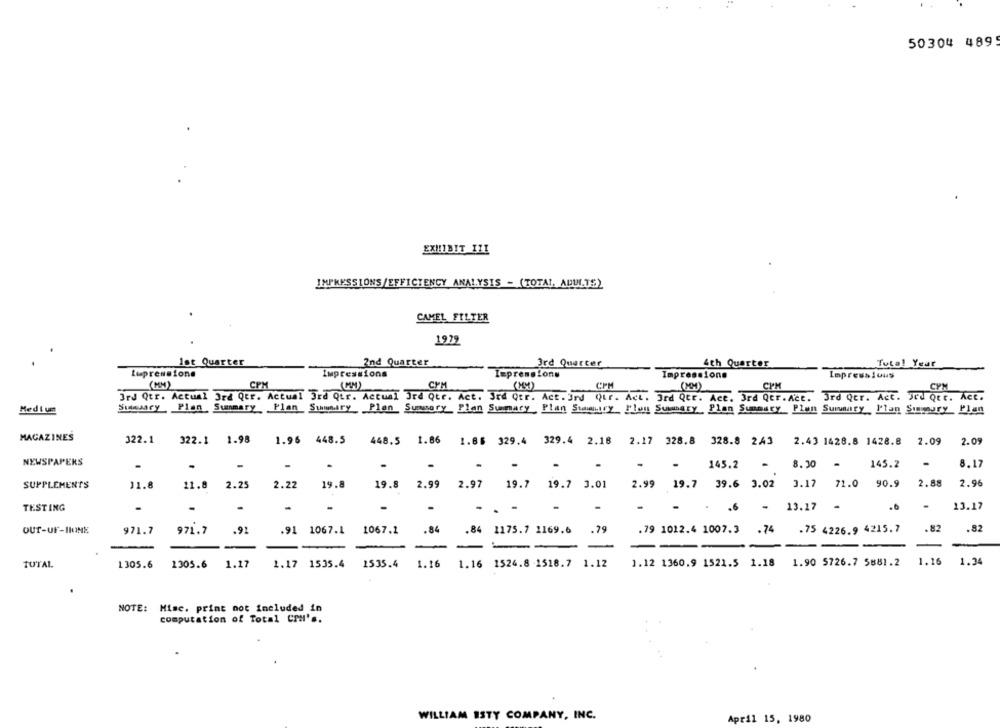
50304 489
EXHIBIT IZI
IMPRESSIONS/EFFICIENCY ANALYSIS - (TOTAL, ADULTS)
CAMEL FILTER
1979
Ist Quarter
2nd Quarter
3rd Quarter
4th Quarter
Total Year
Lupressione
Impressions
Impressions
Impressione
Impressions
(MM)
CPM
(MM)
CPM
(MM)
CPM
CPM
CYM
3rd Qtr. Actual 3rd Qtr. Actual 3rd Qtr. Actual Jrd Qtr. Act. Srd Qtr. Act. 3rd Qtr. Act. 3rd Qtr. Ace. 3rd Qer.Act. 3rd Qer. Act. Jrd Qtr. Act.
Medium
Suissary , Plan , Summary Plan_ Summary Plan_ Summary Plan Summary , Plan Stravy Flon Summary , Plan Summary_ Plan Summary_ Plan Sipoury Plan
MAGAZINES
322.1
322.1
1.98
1.96
448.5
448.5 1.86
1.86 329.4 329.4 2.18 2.17 328.8 328.8 243
2.43 1428.8 1428.8 2.09
2.09
NEWSPAPERS
.
-
-
.
.
.
-
145.2
-
8.30
145.2
-
8.17
SUPPLEMENTS
11.8
11.8
2.25
2.22
19.8
19.8
2.99
2.97 19.7 19.7 3.01
2.99 19.7 39.6 3.02
3.17
71.0 90.9
2.88
2.96
TESTING
.
-
-
.
. .
-
-
.6
-
13.17
13.17
OUT-UF-IIONE
971.7
971.7
.91
.91 1067.1
1067.1
.84
.84 1175.7 1169.6
.79
.79 1012.4 1007.3
.74
.75 4226.9 4215.7
.82
.82
-
1.16
1.94
TOTAL
1305.6
1305.6 1.17
1.17 1535.4 1535.4
1.16
1.16 1524.8 -1518.7 1.12
1.12 1360.9 1521.5 1.18 1.90 5726.7 5881.2
NOTE: Misc. print not included in
computation of Total CPH's.
WILLIAM ISTY COMPANY, INC.
April 15, 1980